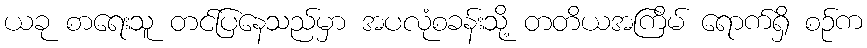
ယခု စာရေးသူ တင်ပြနေသည်မှာ အပလုံစခန်းသို့ တတိယအကြိမ် ရောက်ရှိ စဉ်က